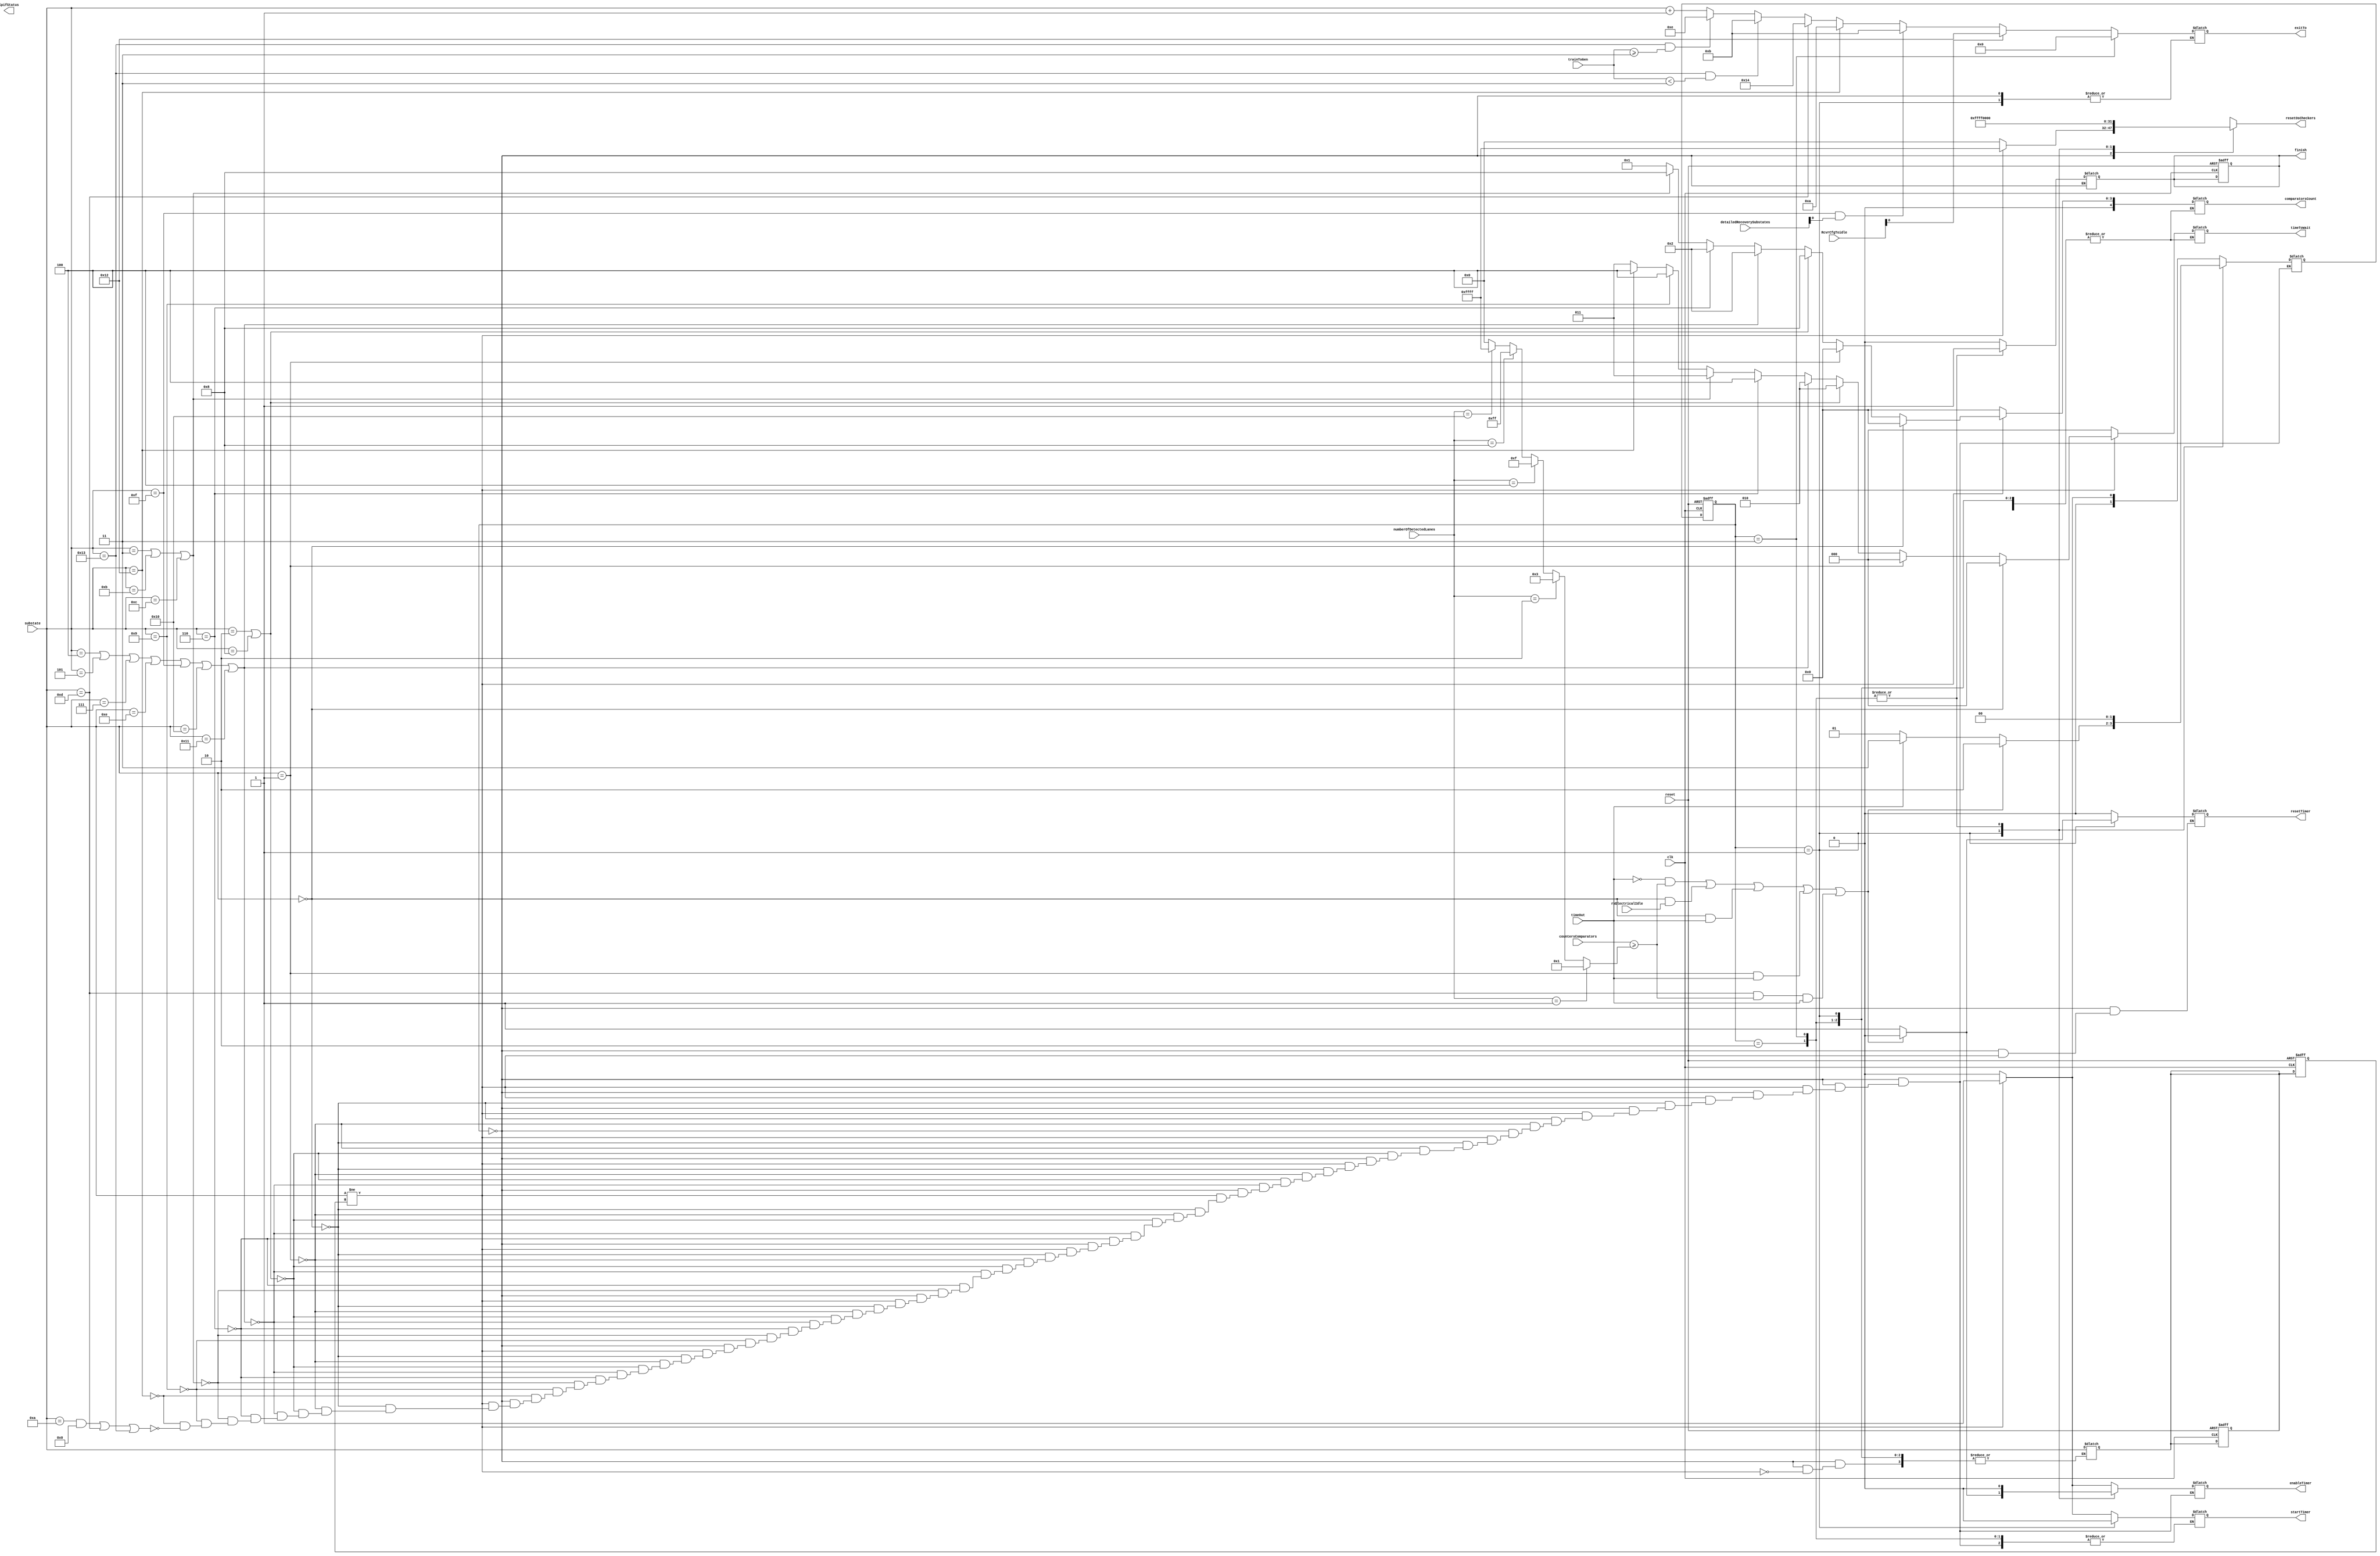
module  masterRxLTSSM #(parameter MAXLANES = 16 , DEVICETYPE = 0)(
    input clk,
    input [4:0]numberOfDetectedLanes,
    input [4:0]substate,
    input [15:0]countersComparators,
    input rxElectricalIdle,
    input timeOut,
    input reset,
    input [15:0]RcvrCfgToidle,
    input [2:0] trainToGen,
    input [15:0]detailedRecoverySubstates,
    output reg finish,
    output reg [4:0]exitTo,
    output reg [15:0]resetOsCheckers,
    output [3:0]lpifStatus,
    output reg [2:0]timeToWait,
    output reg enableTimer,
    output reg startTimer,
    output reg resetTimer,
    output reg[4:0]comparatorsCount);
    
    reg[4:0] lastState,lastState_next;
    reg[1:0] currentState,nextState;
    reg[15:0]comparatorsCondition;


//timer parameters
parameter t0ms = 3'd0,t12ms= 3'd1,t24ms = 3'd2,t48ms = 3'd3,t2ms = 3'd4,t8ms = 3'd5,t1ms=3'd6;
//input substates from main ltssm
    localparam [4:0]
	    detectQuiet =  5'd0,
        detectActive = 5'd1,
        pollingActive= 5'd2,
        pollingConfiguration= 5'd3,
        configurationLinkWidthStart = 5'd4,
        configurationLinkWidthAccept = 5'd5,
        configurationLanenumWait = 5'd6,
        configurationLanenumAccept = 5'd7,
        configurationComplete = 5'd8,
        configurationIdle = 5'd9,
        L0 = 5'd10,
        recoveryRcvrLock = 5'd11,
        recoveryRcvrCfg = 5'd12,
        recoverySpeed = 5'd13,
        phase0 = 5'd14,
        phase1 = 5'd15,
        phase2 = 5'd16,
        phase3 =5'd17,
        recoveryIdle = 5'd18,
        recoverySpeedeieos = 5'd19,
        recoverywait = 5'd20;

    

//local states
    localparam [1:0]
    start = 2'b00,
    counting = 2'b01,
    success = 2'b10,
    failed = 2'b11;

    //CURRENT STATE FF
    always @(posedge clk or negedge reset)
    begin
        if(!reset)
        begin
            currentState <= start;
	        finish <= 1'b0;
		    lastState<=4'hF;
            lastState_next<=4'hF;
		    //forcedetectflag<=1'b0;
        end
        else
        begin
            currentState <= nextState;
            lastState<=lastState_next;
        end    
    end

    always @(*)
    begin
        case(currentState)
        start:
        begin
    
          if(substate != lastState) //ensure that this is a new request
            begin
            lastState_next = substate;
            resetOsCheckers = {16{1'b1}};
            if(substate == detectQuiet)
            begin
                comparatorsCount = 5'd0;
                timeToWait = t0ms;
                nextState = counting;
                startTimer = 1'b1;
                enableTimer = 1'b1;
		 
            end
            else if(substate == detectActive)
            begin
                comparatorsCount = 5'd0;
                timeToWait = t0ms; 
                nextState = counting;
                startTimer = 1'b1;
                enableTimer = 1'b1;
		
            end
            else if(substate==pollingActive||substate==configurationComplete)
            begin
                comparatorsCount = 5'd8;
                timeToWait = t24ms;
                nextState = counting;
                startTimer = 1'b1;
                enableTimer = 1'b1;
		
            end
            else if (substate==configurationLinkWidthStart||substate==configurationLinkWidthAccept||
                    substate==configurationLanenumAccept||substate==phase0||substate==phase1||substate==phase2||substate==phase3)
            begin
                comparatorsCount = 5'd2;
                timeToWait = t24ms;
                nextState = counting;
                startTimer = 1'b1;
                enableTimer = 1'b1;
		                
            end
            else if (substate==configurationLanenumWait)
            begin
                comparatorsCount=5'd2;
                timeToWait = t2ms;
                nextState = counting;
                startTimer = 1'b1;
                enableTimer = 1'b1;
		
            end
            else if (substate==pollingConfiguration||substate==recoveryRcvrLock||substate==recoveryRcvrCfg)
            begin
                comparatorsCount=5'd8;
                timeToWait = t48ms;
                nextState = counting;
                startTimer = 1'b1;
                enableTimer = 1'b1;
		
            end
 	    else if (substate==configurationIdle)
            begin
                comparatorsCount=5'd1;
                timeToWait = t2ms;
                nextState = counting;
                startTimer = 1'b1;
                enableTimer = 1'b1;
		
            end

        else if (substate==recoveryIdle)
            begin
                comparatorsCount=5'd1;
                timeToWait = t2ms;
                nextState = counting;
                startTimer = 1'b1;
                enableTimer = 1'b1;
        
            end

        else if ((substate == L0 && DEVICETYPE) || substate==recoverySpeed || substate==recoverySpeedeieos) 
            begin
                comparatorsCount=5'd1;
                timeToWait = t48ms;
                nextState = counting;
                startTimer = 1'b1;
                enableTimer = 1'b1;
			end
		
       end
        
       else 
        begin
            comparatorsCount=5'd0;
            timeToWait = t0ms;
            enableTimer = 1'b0;
            startTimer = 1'b0;
            resetTimer = 1'b0;
            resetOsCheckers = 16'b0;
            nextState = start;
        end

    end
        
    counting:
    begin
        enableTimer = 1'b1;
        resetTimer  = 1'b1;
        resetOsCheckers = {16{1'b1}};
        startTimer = 1'b0;
	    finish = 1'b0;
        if((!timeOut && countersComparators >= comparatorsCondition) || (substate == detectQuiet && rxElectricalIdle) || (substate == detectQuiet && timeOut)|| (substate == detectActive && timeOut)
        ||(substate==recoverySpeed && countersComparators >= comparatorsCondition && timeOut))
        begin
            enableTimer = 1'b0;
            resetTimer  = 1'b0;
            startTimer = 1'b0;
            nextState = success;
           
        end
        else if(timeOut)
            begin
            nextState = failed;
            end	
        else nextState = counting;
    end
    success:
    begin
        if(RcvrCfgToidle[0])exitTo = recoveryIdle;
        else if(substate == phase1 && detailedRecoverySubstates[0])exitTo = recoveryRcvrLock;
        else if(substate == recoveryIdle)exitTo = L0;
        else if(substate==recoverySpeed)exitTo = recoverywait;
        else if(substate==recoverySpeedeieos && trainToGen<3'd3)exitTo=recoveryRcvrLock;
        else if(substate==recoverySpeedeieos && trainToGen>=3'd3)exitTo=phase0;
        else exitTo = substate+1'b1;
        resetOsCheckers = 16'b0;
        enableTimer = 1'b0;
        resetTimer = 1'b0;
        finish = 1'b1;
        nextState = start;
    end
    failed:
    begin
        //lastState_next = substate;
        resetOsCheckers = 16'b0;
        enableTimer = 1'b0;
        resetTimer = 1'b0;
        finish = 1'b1;
        exitTo = detectQuiet;
        nextState = start;
    end
    default:
    begin
        nextState = start;
        enableTimer = 1'b0;
        resetTimer = 1'b0;
        resetOsCheckers = 16'b0;
    end
    


    endcase
    end
    


always@(*)
begin
    if(numberOfDetectedLanes==5'd1)       comparatorsCondition = 16'd1;
    else if(numberOfDetectedLanes == 5'd2)comparatorsCondition = {{14{1'b0}},{2{1'b1}}};
    else if(numberOfDetectedLanes == 5'd4)comparatorsCondition = {{12{1'b0}},{4{1'b1}}};
    else if(numberOfDetectedLanes == 5'd8)comparatorsCondition = {{8{1'b0}},{8{1'b1}}};
    else if(numberOfDetectedLanes == 5'd16)comparatorsCondition= {16{1'b1}};
    else comparatorsCondition = 16'd0;
end

endmodule